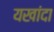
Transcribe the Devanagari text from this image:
यखांदा